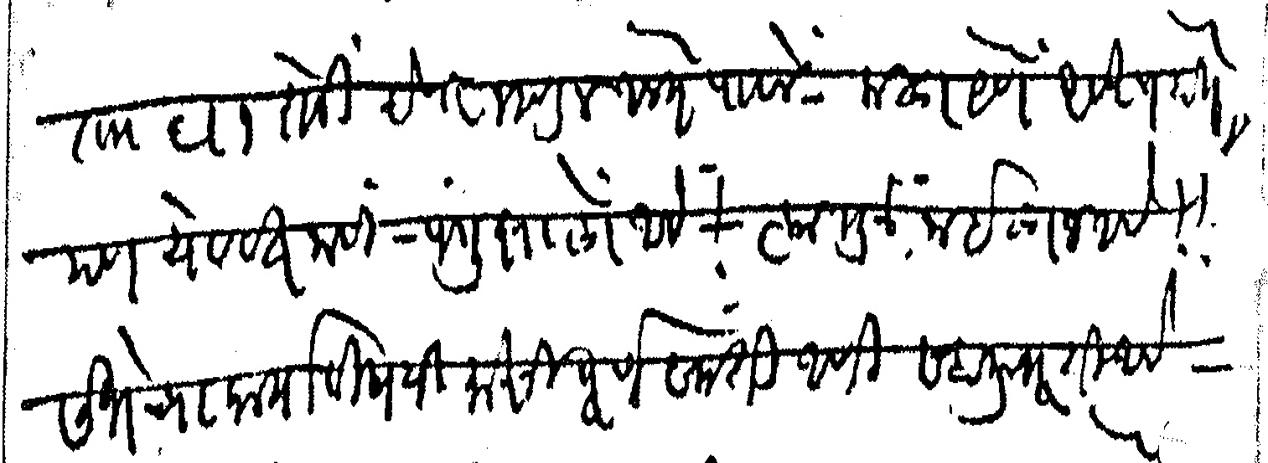
Transliteration (Devanagari): ता ६ १ रोजी होणार म्हणून आले ते पावले मला येणे अवश्य होतेच पण येववत नाही  पंगु झालो आहे त्यामुळे नाईलाज आहे सभेच्या कार्याविषयी माझी पूर्ण संमती आणि सहानुभूती आहे